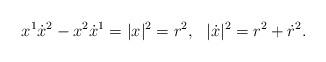
LaTeX: \begin{align*}x^{1}\dot{x}^2-x^{2}\dot{x}^1 = |x|^2 = r^2,~~ |\dot{x}|^{2} = r^{2}+\dot{r}^{2}.\end{align*}